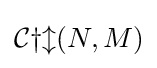
{\mathcal {Cyl}}(N,M)